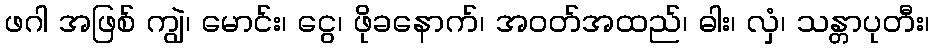
ဖဂါ အဖြစ် ကျွဲ၊ မောင်း၊ ငွေ၊ ဖိုခနောက်၊ အဝတ်အထည်၊ ဓါး၊ လှံ၊ သန္တာပုတီး၊